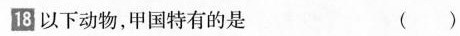
\boxed{18}以下动物，甲国特有的是 （ ）